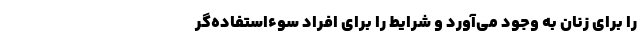
را برای زنان به وجود می‌آورد و شرایط را برای افراد سوء‌استفاده‌گر